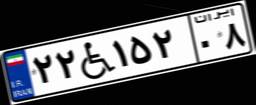
۲۲W۱۵۲۰۸